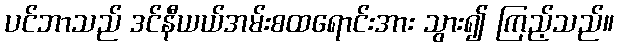
ပင်ဘာသည် ဒင်နီယယ်အမ်းစထရောင်းအား သွား၍ ကြည့်သည်။